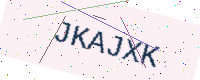
Text: JKAJXK